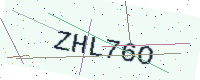
Text: ZHL76O